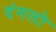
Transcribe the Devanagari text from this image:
दंगलो